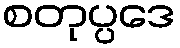
စတုပ္ပဒေ